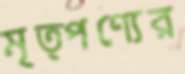
মৃত্পণ্যের